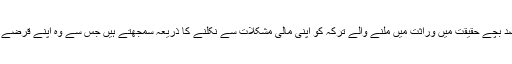
اسی طرح 5 فیصد بچے حقیقت میں وراثت میں ملنے والے ترکہ کو اپنی مالی مشکلات سے نکلنے کا ذریعہ سمجھتے ہیں جس سے وہ اپنے قرضے اتا ر سکیں گے۔